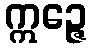
ဣဉ္ဇေ